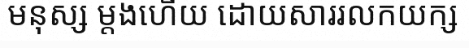
មនុស្ស ម្តងហើយ ដោយសាររលកយក្ស